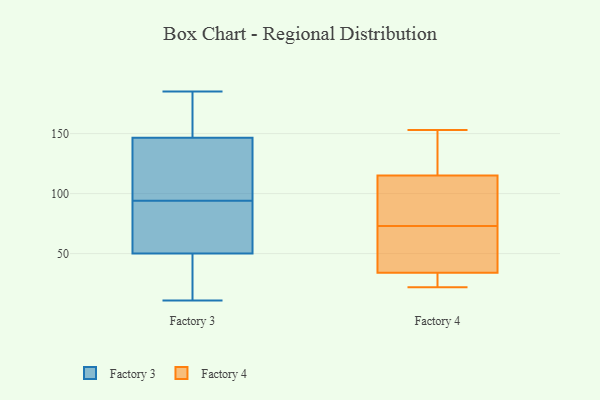
{"axis": {"x": "Population (Million)", "y": "Value"}, "legend": ["Factory 3", "Factory 4"], "data": [{"x": "", "y": 11, "type": "Factory 3"}, {"x": "", "y": 156, "type": "Factory 3"}, {"x": "", "y": 47, "type": "Factory 3"}, {"x": "", "y": 151, "type": "Factory 3"}, {"x": "", "y": 142, "type": "Factory 3"}, {"x": "", "y": 72, "type": "Factory 3"}, {"x": "", "y": 34, "type": "Factory 3"}, {"x": "", "y": 99, "type": "Factory 3"}, {"x": "", "y": 185, "type": "Factory 3"}, {"x": "", "y": 108, "type": "Factory 3"}, {"x": "", "y": 89, "type": "Factory 3"}, {"x": "", "y": 53, "type": "Factory 3"}, {"x": "", "y": 153, "type": "Factory 4"}, {"x": "", "y": 70, "type": "Factory 4"}, {"x": "", "y": 132, "type": "Factory 4"}, {"x": "", "y": 115, "type": "Factory 4"}, {"x": "", "y": 37, "type": "Factory 4"}, {"x": "", "y": 32, "type": "Factory 4"}, {"x": "", "y": 127, "type": "Factory 4"}, {"x": "", "y": 100, "type": "Factory 4"}, {"x": "", "y": 24, "type": "Factory 4"}, {"x": "", "y": 78, "type": "Factory 4"}, {"x": "", "y": 76, "type": "Factory 4"}, {"x": "", "y": 50, "type": "Factory 4"}, {"x": "", "y": 34, "type": "Factory 4"}, {"x": "", "y": 22, "type": "Factory 4"}]}